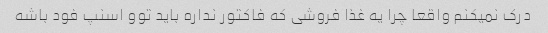
درک نمیکنم واقعا چرا یه غذا فروشی که فاکتور نداره باید توو اسنپ فود باشه